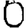
Digit: 0